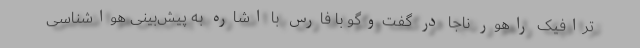
ترافیک راهور ناجا در گفت‌وگو با فارس با اشاره به پیش‌بینی هواشناسی